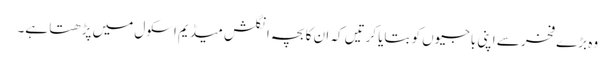
وہ بڑے فخر سے اپنی باجیوں کو بتایا کرتیں کہ ان کا بچہ انگلش میڈیم اسکول میں پڑھتا ہے۔